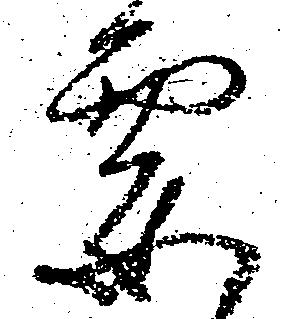
要